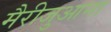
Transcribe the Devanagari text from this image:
मैरीजुआना